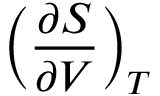
\left( { \frac { \partial S } { \partial V } } \right) _ { T }